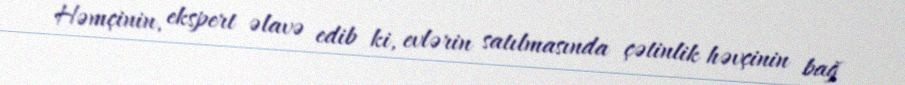
Həmçinin, ekspert əlavə edib ki, evlərin satılmasında çətinlik həvçinin bağ